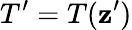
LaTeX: T^{\prime}=T(\mathbf{z}^{\prime})